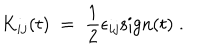
K _ { i j } ( t ) \; = \; \frac { 1 } { 2 } \epsilon _ { i j } \mathrm { s i g n } ( t ) \; .